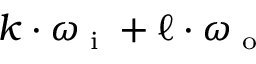
\boldsymbol { k } \cdot \boldsymbol { \omega } _ { \textnormal { \scriptsize i } } + \boldsymbol { \ell } \cdot \boldsymbol { \omega } _ { \textnormal { \scriptsize o } }